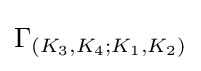
{\textstyle \Gamma _{(K_{3},K_{4};K_{1},K_{2})}}